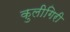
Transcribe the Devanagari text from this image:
कुलीगिरी